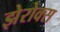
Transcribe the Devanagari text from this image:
झेरोक्स